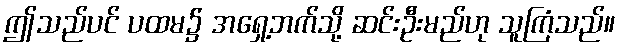
ဤသည်ပင် ပထမ၌ အရှေ့ဘက်သို့ ဆင်းဦးမည်ဟု သူကြံသည်။